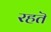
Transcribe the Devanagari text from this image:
रहतॆ